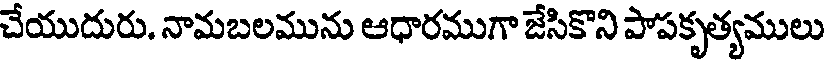
చేయుదురు. నామబలమును ఆధారముగా జేసికొని పాపకృత్యములు